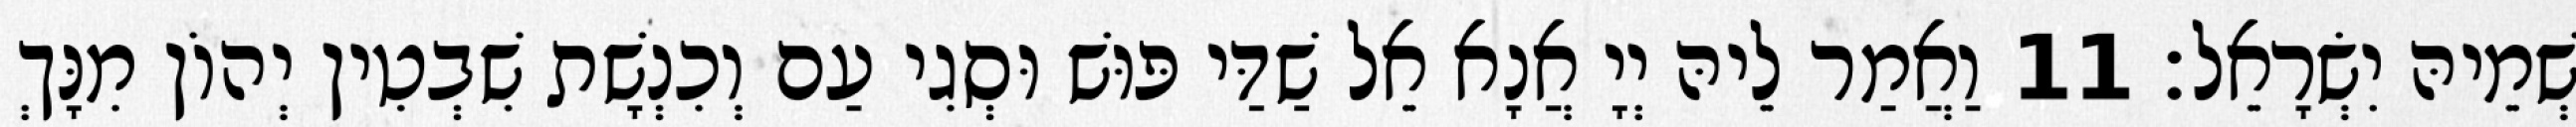
שְׁמֵיהּ יִשְׂרָאֵל׃ 11 וַאֲמַר לֵיהּ יְיָ אֲנָא אֵל שַׁדַּי פּוּשׁ וּסְגִי עַם וְכִנְשָׁת שִׁבְטִין יְהוֹן מִנָּךְ